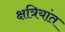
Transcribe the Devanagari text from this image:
क्षत्रियांत